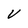
Character: V